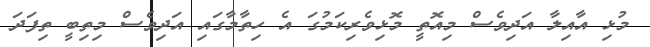
މުޅި އާއިލާ އަދިވެސް މިއޮތީ މޮޅިވެރިކަމުގަ އެ ހިތާމާގައި އަދިވެސް މިތިބީ ތިފަދަ